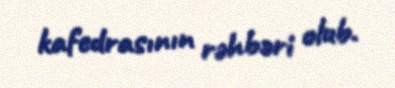
kafedrasının rəhbəri olub.